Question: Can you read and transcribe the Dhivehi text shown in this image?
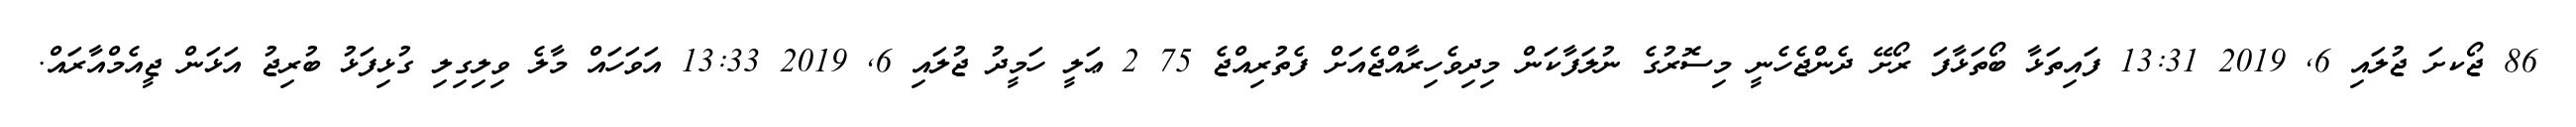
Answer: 86 ޖޯކށަ ޖުލައި 6, 2019 13:31 ފައިތަޅާ ބޯތަޅާފަ ރޯށޭ ދެންޖެހެނީ މިސޮރުގެ ނުލަފާކަން މިދިވެހިރާއްޖެއަށް ފެތުރިއްޖެ 75 2 ޢަލީ ހަމީދު ޖުލައި 6, 2019 13:33 އަވަހައް މާލެ ވިލިގިލި ގުޅިފަޅު ބުރިޖު އަޅަން ޖީއެމްއާރައް.